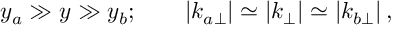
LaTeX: y _ { a } \gg y \gg y _ { b } ; \qquad | k _ { a \perp } | \simeq | k _ { \perp } | \simeq | k _ { b \perp } | \, ,